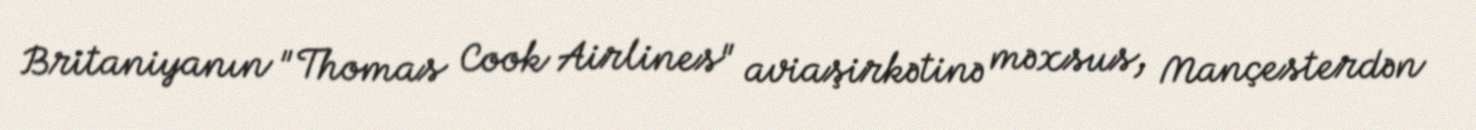
Britaniyanın "Thomas Cook Airlines" aviaşirkətinə məxsus, Mançesterdən